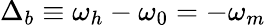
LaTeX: \Delta_{b}\equiv\omega_{h}-\omega_{0}=-\omega_{m}